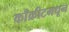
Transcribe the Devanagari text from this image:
काँक्रीटमधून